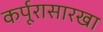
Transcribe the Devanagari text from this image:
कर्पूरासारखा